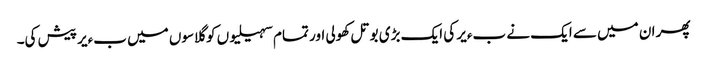
پھر ان میں سے ایک نے بءیر کی ایک بڑی بوتل کھولی اور تمام سہیلیوں کو گلاسوں میں بءیر پیش کی۔